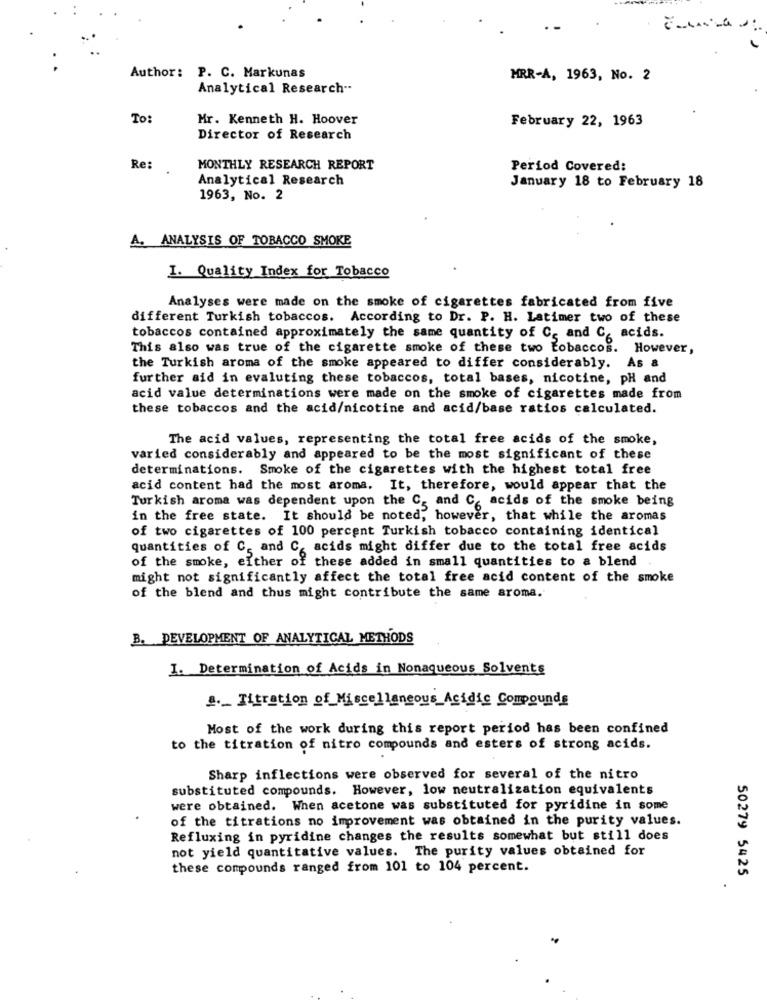
Author: P. C. Markunas
MRR-A, 1963, No. 2
Analytical Research --
To:
Mr. Kenneth H. Hoover
February 22, 1963
Director of Research
Re:
MONTHLY RESEARCH REPORT
Period Covered:
Analytical Research
January 18 to February 18
1963, No. 2
A. ANALYSIS OF TOBACCO SMOKE
I. Quality Index for Tobacco
Analyses were made on the smoke of cigarettes fabricated from five
different Turkish tobaccos. According to Dr. P. H. Latimer two of these
tobaccos contained approximately the same quantity of C. and C, acids.
This also was true of the cigarette smoke of these two Eobaccos. However,
the Turkish aroma of the smoke appeared to differ considerably. As &
further aid in evaluting these tobaccos, total bases, nicotine, pH and
acid value determinations were made on the smoke of cigarettes made from
these tobaccos and the acid/nicotine and acid/base ratios calculated.
The acid values, representing the total free acids of the smoke,
varied considerably and appeared to be the most significant of these
determinations. Smoke of the cigarettes with the highest total free
acid content had the most aroma. It, therefore, would appear that the
Turkish aroma was dependent upon the C, and C, acids of the smoke being
in the free state. It should be noted, however, that while the aromas
of two cigarettes of 100 percent Turkish tobacco containing identical
quantities of C, and C, acids might differ due to the total free acids
of the smoke, either of these added in small quantities to a blend
might not significantly affect the total free acid content of the smoke
of the blend and thus might contribute the same aroma.
B. DEVELOPMENT OF ANALYTICAL METHODS
I. Determination of Acids in Nonaqueous Solvents
1. Titration of Miscellaneous Acidic Compounds
Most of the work during this report period has been confined
to the titration of nitro compounds and esters of strong acids.
Sharp inflections were observed for several of the nitro
substituted compounds. However, low neutralization equivalents
were obtained. When acetone was substituted for pyridine in some
of the titrations no improvement was obtained in the purity values.
Refluxing in pyridine changes the results somewhat but still does
not yield quantitative values. The purity values obtained for
these compounds ranged from 101 to 104 percent.
50279 5425